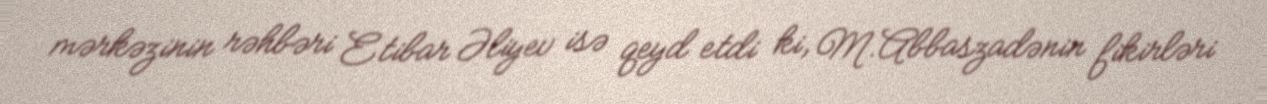
mərkəzinin rəhbəri Etibar Əliyev isə qeyd etdi ki, M.Abbaszadənin fikirləri